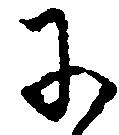
于